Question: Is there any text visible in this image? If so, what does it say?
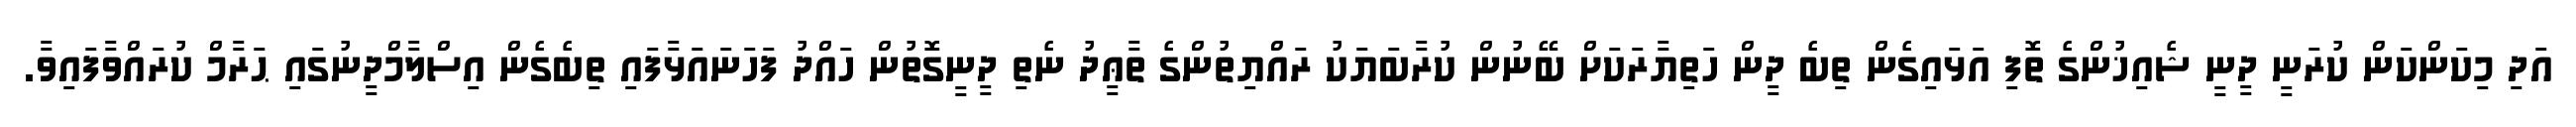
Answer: އަދި މިކަންކަން ކުރަނީ ދީނީ ޝެއިޚުންގެ ތޮފި އަޅައިގެން ތިބެ ދީން ހަތިޔާރަކަށް ބޭނުން ކުރާބަޔަކު ރައްޔިތުންގެ ތާޢީދު ނެތި ދީނީގޮތުން ހައްދު ފަހަނައަޅާފައި ތިބެގެން އިސްލާމްދީނުގައި ޙަރާމް ކުރައްވާފައިވާ.